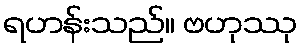
ရဟန်းသည်။ ဗဟုဿု